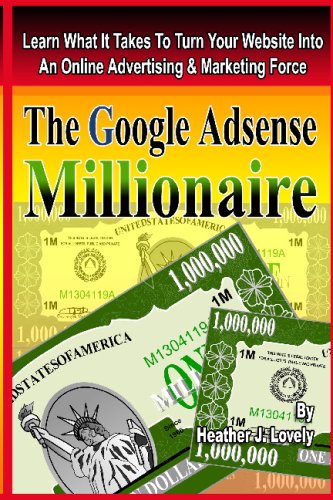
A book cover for The Google Adsense Millionaire: Learn What It Takes To Turn Your Website Into An Online Advertising & Marketing Force; Heather J. Lovely; Business & Money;